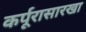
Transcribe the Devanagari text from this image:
कर्पूरासारखा